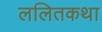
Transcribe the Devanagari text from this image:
ललितकथा